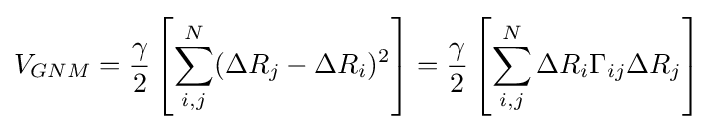
V_{GNM}={\frac {\gamma }{2}}\left[\sum _{i,j}^{N}(\Delta R_{j}-\Delta R_{i})^{2}\right]={\frac {\gamma }{2}}\left[\sum _{i,j}^{N}\Delta R_{i}\Gamma _{ij}\Delta R_{j}\right]